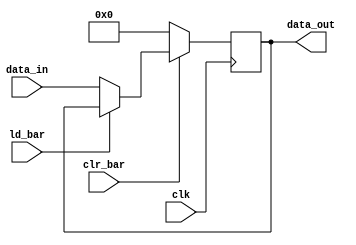
// A simple 8-bit register with synchronous load and clear.

module simple_8_bit_register_behavioral (
    input       [7:0]   data_in,    // Data to load
    input               clk,        // Clock
    input               ld_bar,     // Load
    input               clr_bar,    // Clear
    output  reg [7:0]   data_out    // Output Data
);

    // 8-BIT REGISTER
    // ALWAYS BLOCK with NON-BLOCKING PROCEDURAL ASSIGNMENT STATEMENT
    always @ (posedge clk) begin
        if (~clr_bar) begin
            data_out <= 0;
        end else if (~ld_bar) begin
            data_out <= data_in;
        end
    end

endmodule